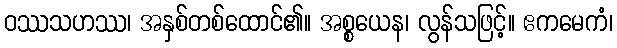
ဝဿသဟဿ၊ အနှစ်တစ်ထောင်၏။ အစ္စယေန၊ လွန်သဖြင့်။ ဧကမေကံ၊